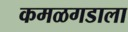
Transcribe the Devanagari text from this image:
कमळगडाला